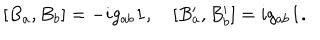
[ B _ { a } , B _ { b } ] = - i g _ { a b } { \bf 1 } , ~ [ B _ { a } ^ { \prime } , B _ { b } ^ { \prime } ] = i g _ { a b } { \bf 1 } .